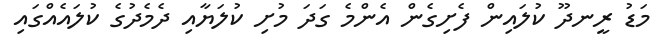
މަޑު ރީނދޫ ކުލައިން ފެށިގެން އެންމެ ގަދަ މުށި ކުލަޔާއި ދެމެދުގެ ކުލައެއްގައި